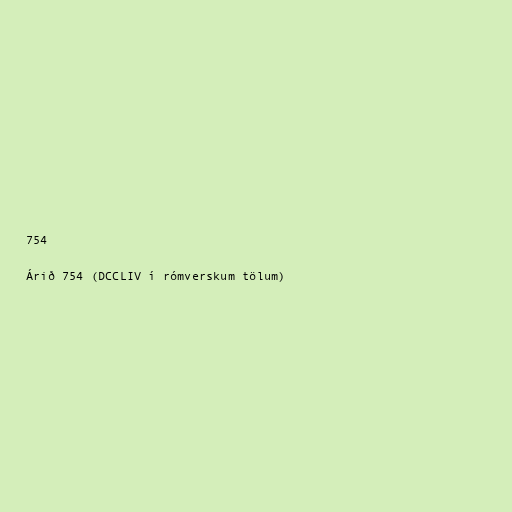
754

Árið 754 (DCCLIV í rómverskum tölum)